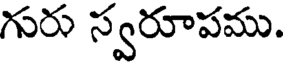
గురు స్వరూపము.